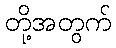
တို့အတွက်